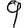
Digit: 9